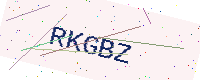
Text: RKGBZ